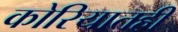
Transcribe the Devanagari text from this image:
कोरियातही